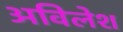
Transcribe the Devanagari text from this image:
अविलेश